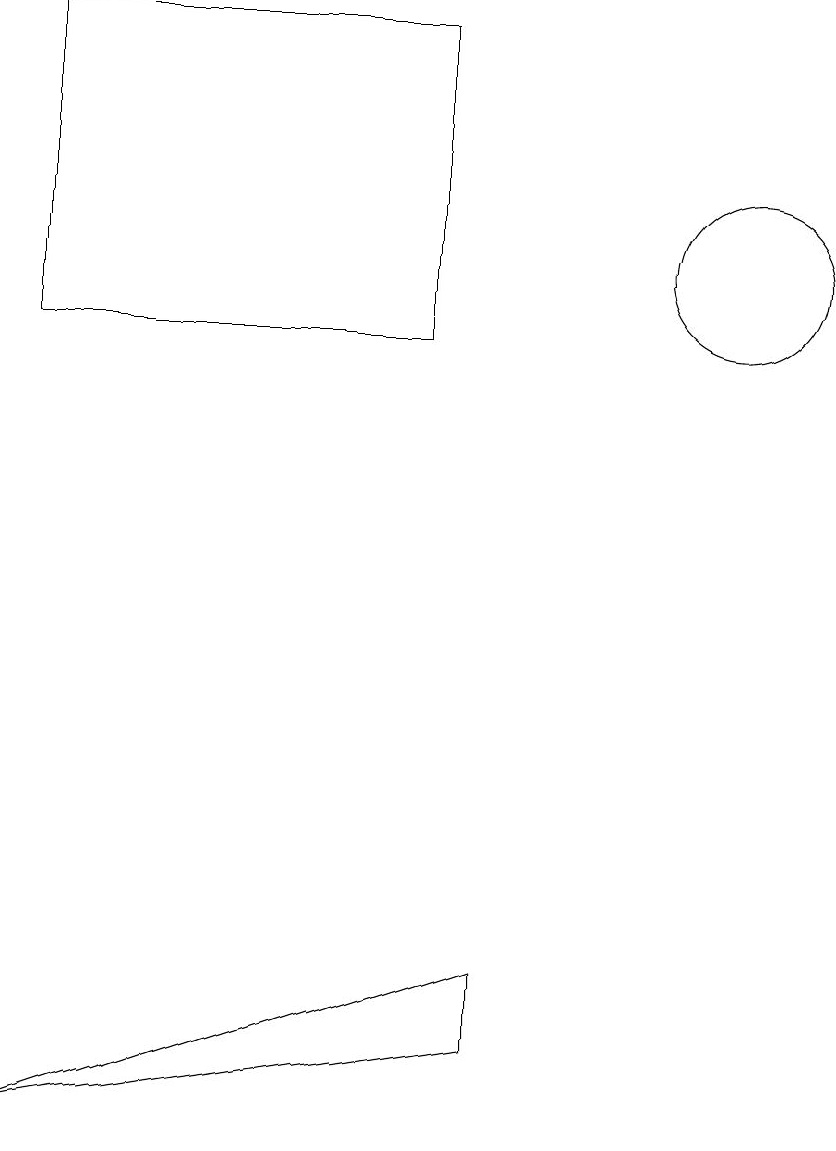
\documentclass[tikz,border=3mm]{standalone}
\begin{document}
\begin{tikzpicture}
\draw (10,11) circle (1);
\draw (7,1) -- (7,2) -- (1,0) -- cycle;
\draw (6,14) rectangle (1,10);
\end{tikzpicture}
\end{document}